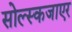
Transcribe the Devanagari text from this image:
सोल्स्कजाएर